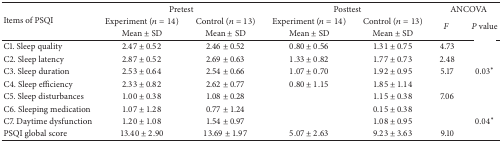
<table><thead><tr><td rowspan="3"><b>Items of PSQI</b></td><td colspan="2"><b>Pretest</b></td><td colspan="2"><b>Posttest</b></td><td colspan="2"><b>ANCOVA</b></td></tr><tr><td><b>Experiment (<i>n</i> = 14)</b></td><td><b>Control (<i>n</i> = 13)</b></td><td><b>Experiment (<i>n</i> = 14)</b></td><td><b>Control (<i>n</i> = 13)</b></td><td rowspan="2"><b><i>F </i></b></td><td rowspan="2"><b><i>P</i> value</b></td></tr><tr><td><b>Mean ± SD</b></td><td><b>Mean ± SD</b></td><td><b>Mean ± SD</b></td><td><b>Mean ± SD</b></td></tr></thead><tbody><tr><td>C1. Sleep quality</td><td>2.47 ± 0.52</td><td>2.46 ± 0.52</td><td>0.80 ± 0.56</td><td>1.31 ± 0.75</td><td>4.73</td><td>[EMPTY_CELL]</td></tr><tr><td>C2. Sleep latency</td><td>2.87 ± 0.52</td><td>2.69 ± 0.63</td><td>1.33 ± 0.82</td><td>1.77 ± 0.73</td><td>2.48</td><td>[EMPTY_CELL]</td></tr><tr><td>C3. Sleep duration</td><td>2.53 ± 0.64</td><td>2.54 ± 0.66</td><td>1.07 ± 0.70</td><td>1.92 ± 0.95</td><td>5.17</td><td>0.03*</td></tr><tr><td>C4. Sleep efficiency</td><td>2.33 ± 0.82</td><td>2.62 ± 0.77</td><td>0.80 ± 1.15</td><td>1.85 ± 1.14</td><td>[EMPTY_CELL]</td><td>[EMPTY_CELL]</td></tr><tr><td>C5. Sleep disturbances</td><td>1.00 ± 0.38</td><td>1.08 ± 0.28</td><td>[EMPTY_CELL]</td><td>1.15 ± 0.38</td><td>7.06</td><td>[EMPTY_CELL]</td></tr><tr><td>C6. Sleeping medication</td><td>1.07 ± 1.28</td><td>0.77 ± 1.24</td><td>[EMPTY_CELL]</td><td>0.15 ± 0.38</td><td>[EMPTY_CELL]</td><td>[EMPTY_CELL]</td></tr><tr><td>C7. Daytime dysfunction</td><td>1.20 ± 1.08</td><td>1.54 ± 0.97</td><td>[EMPTY_CELL]</td><td>1.08 ± 0.95</td><td>[EMPTY_CELL]</td><td>0.04*</td></tr><tr><td>PSQI global score</td><td>13.40 ± 2.90</td><td>13.69 ± 1.97</td><td>5.07 ± 2.63</td><td>9.23 ± 3.63</td><td>9.10</td><td>[EMPTY_CELL]</td></tr></tbody></table>